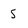
Character: 5